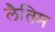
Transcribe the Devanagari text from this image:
लैतिम